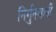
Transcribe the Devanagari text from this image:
निर्गुनबानी